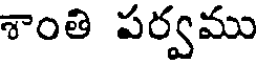
శాంతి పర్వము